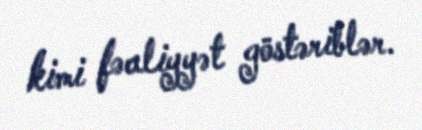
kimi fəaliyyət göstəriblər.